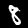
Label: 8